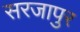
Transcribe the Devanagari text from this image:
सरजापुर